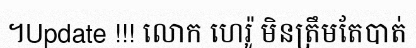
។Update !!! លោក ហេរ៉ូ មិនត្រឹមតែបាត់